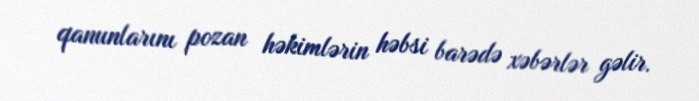
qanunlarını pozan həkimlərin həbsi barədə xəbərlər gəlir.